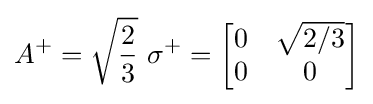
A^{+}={\sqrt {\frac {2}{3}}}\ \sigma ^{+}={\begin{bmatrix}0&{\sqrt {2/3}}\\0&0\end{bmatrix}}